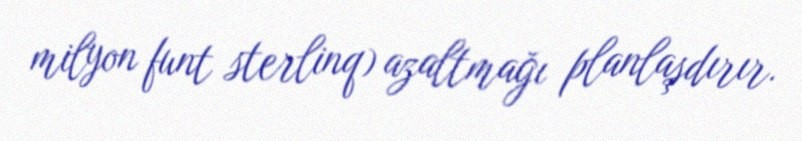
milyon funt sterlinq) azaltmağı planlaşdırır.